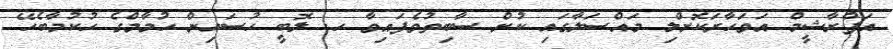
އަފްރާޝީމް އަވަހާރަކޮށްލި މައްސަލާގައި ކުށް ސާބިތުވެފައިވާ ހ. ލޮބީ ހުސައިން ހުމާމްގެ ހުކުމާބެހޭ